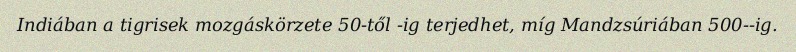
Indiában a tigrisek mozgáskörzete 50-től -ig terjedhet, míg Mandzsúriában 500--ig.